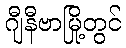
ဂျီနီဗာမြို့တွင်